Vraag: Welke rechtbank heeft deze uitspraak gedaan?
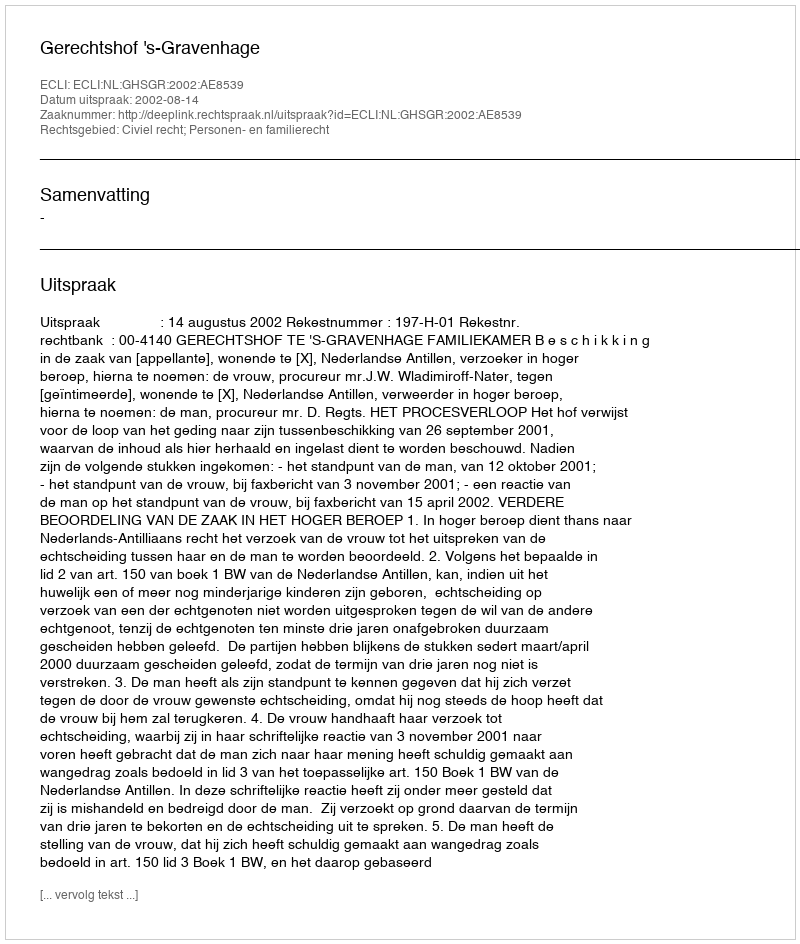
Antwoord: Gerechtshof 's-Gravenhage